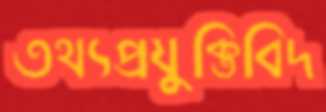
তথ্যপ্রযুক্তিবিদ